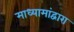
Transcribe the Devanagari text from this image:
माध्यामांद्वारा